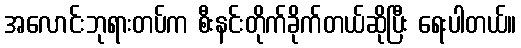
အလောင်းဘုရားတပ်က စီးနင်းတိုက်ခိုက်တယ်ဆိုပြီး ရေးပါတယ်။